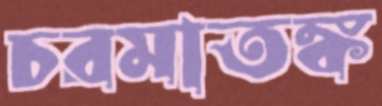
চরমাতঙ্ক